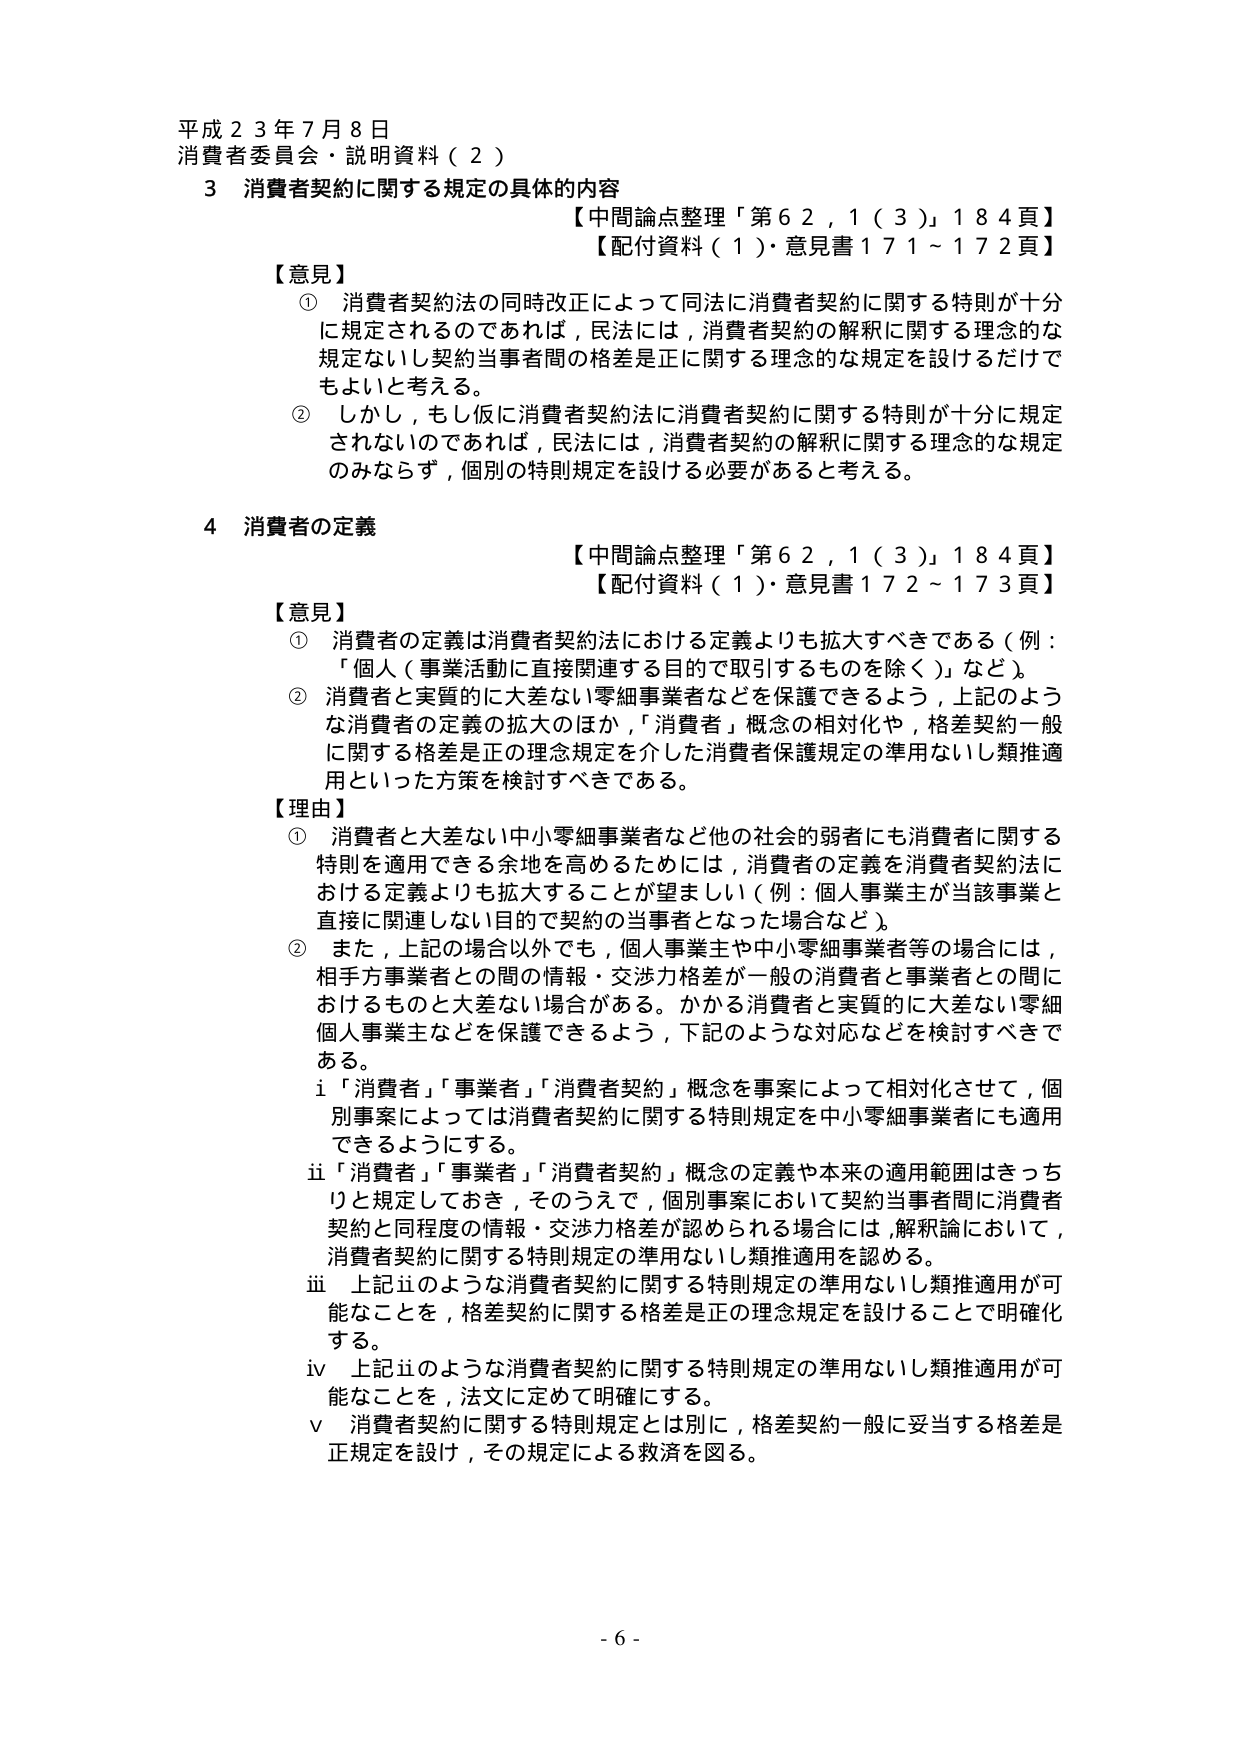
平成２３年７月８日
消費者委員会・説明資料（２）

３ 消費者契約に関する規定の具体的内容
【中間論点整理「第６２，１（３）」１８４頁】
【配付資料（１）・意見書１７１～１７２頁】

【意見】
① 消費者契約法の同時改正によって同法に消費者契約に関する特別が十分に規定されるのであれば，民法には，消費者契約の解釈に関する理念的な規定ないし契約当事者間の格差是正に関する理念的な規定を設けるだけでもよいと考える。
② しかし，もしそれに消費者契約法に消費者契約に関する特別が十分に規定されないのであれば，民法には，消費者契約の解釈に関する理念的な規定のみならず，個別の特別規定を設ける必要があると考える。

４ 消費者の定義
【中間論点整理「第６２，１（３）」１８４頁】
【配付資料（１）・意見書１７２～１７３頁】

【意見】
① 消費者の定義は消費者契約法における定義よりも拡大すべきである（例：「個人（事業活動に直接関連する目的で取引するものを除く）」など）。
② 消費者と実質的に大差ない零細事業者などを保護できるよう，上記のような消費者の定義の拡大のほか，「消費者」概念の相対化や，格差契約一般に関する格差是正の理念規定を介した消費者保護規定の準用ないし類推適用といった方策を検討すべきである。

【理由】
① 消費者と大差ない中小零細事業者など他の社会的弱者にも消費者に関する特別を適用できる余地を高めるためには，消費者の定義を消費者契約法における定義よりも拡大することが望ましい（例：個人事業主が当該事業と直接に関連しない目的で契約の当事者となった場合など）。
② また，上記の場合以外でも，個人事業主や中小零細事業者等の場合には，相手方事業者との間の情報・交渉力格差が一般の消費者と事業者との間におけるものと大差ない場合がある。かかる消費者と実質的に大差ない零細個人事業主などを保護できるよう，下記のような対応などを検討すべきである。
　i 「消費者」「事業者」「消費者契約」概念を事案によって相対化させて，個別事案によっては消費者契約に関する特別規定を中小零細事業者にも適用できるようにする。
　ii 「消費者」「事業者」「消費者契約」概念の定義や本来の適用範囲はきっちりと規定しておき，そのうえで，個別事案において契約当事者間に消費者契約と同程度の情報・交渉力格差が認められる場合には，解釈論において，消費者契約に関する特別規定の準用ないし類推適用を認める。
　iii 上記iiのような消費者契約に関する特別規定の準用ないし類推適用が可能なことを，格差契約に関する格差是正の理念規定を設けることで明確化する。
　iv 上記iiのような消費者契約に関する特別規定の準用ないし類推適用が可能なことを，法文に定めて明確にする。
　v 消費者契約に関する特別規定とは別に，格差契約一般に妥当する格差是正規定を設け，その規定による救済を図る。

- 6 -